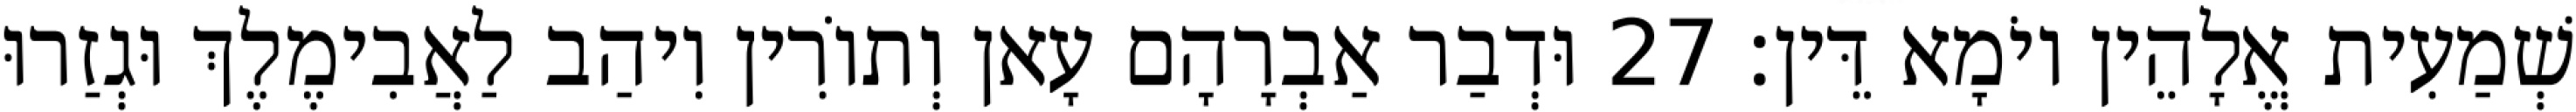
שְׁמַעִית אֱלָהֵין יוֹמָא דֵּין׃ 27 וּדְבַר אַבְרָהָם עָאן וְתוֹרִין וִיהַב לַאֲבִימֶלֶךְ וּגְזַרוּ